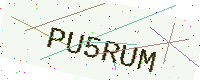
Text: PU5RUM